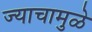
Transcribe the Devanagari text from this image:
ज्याचामुळे